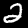
Label: 2